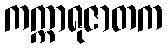
ကက္ကာရုဇာတက